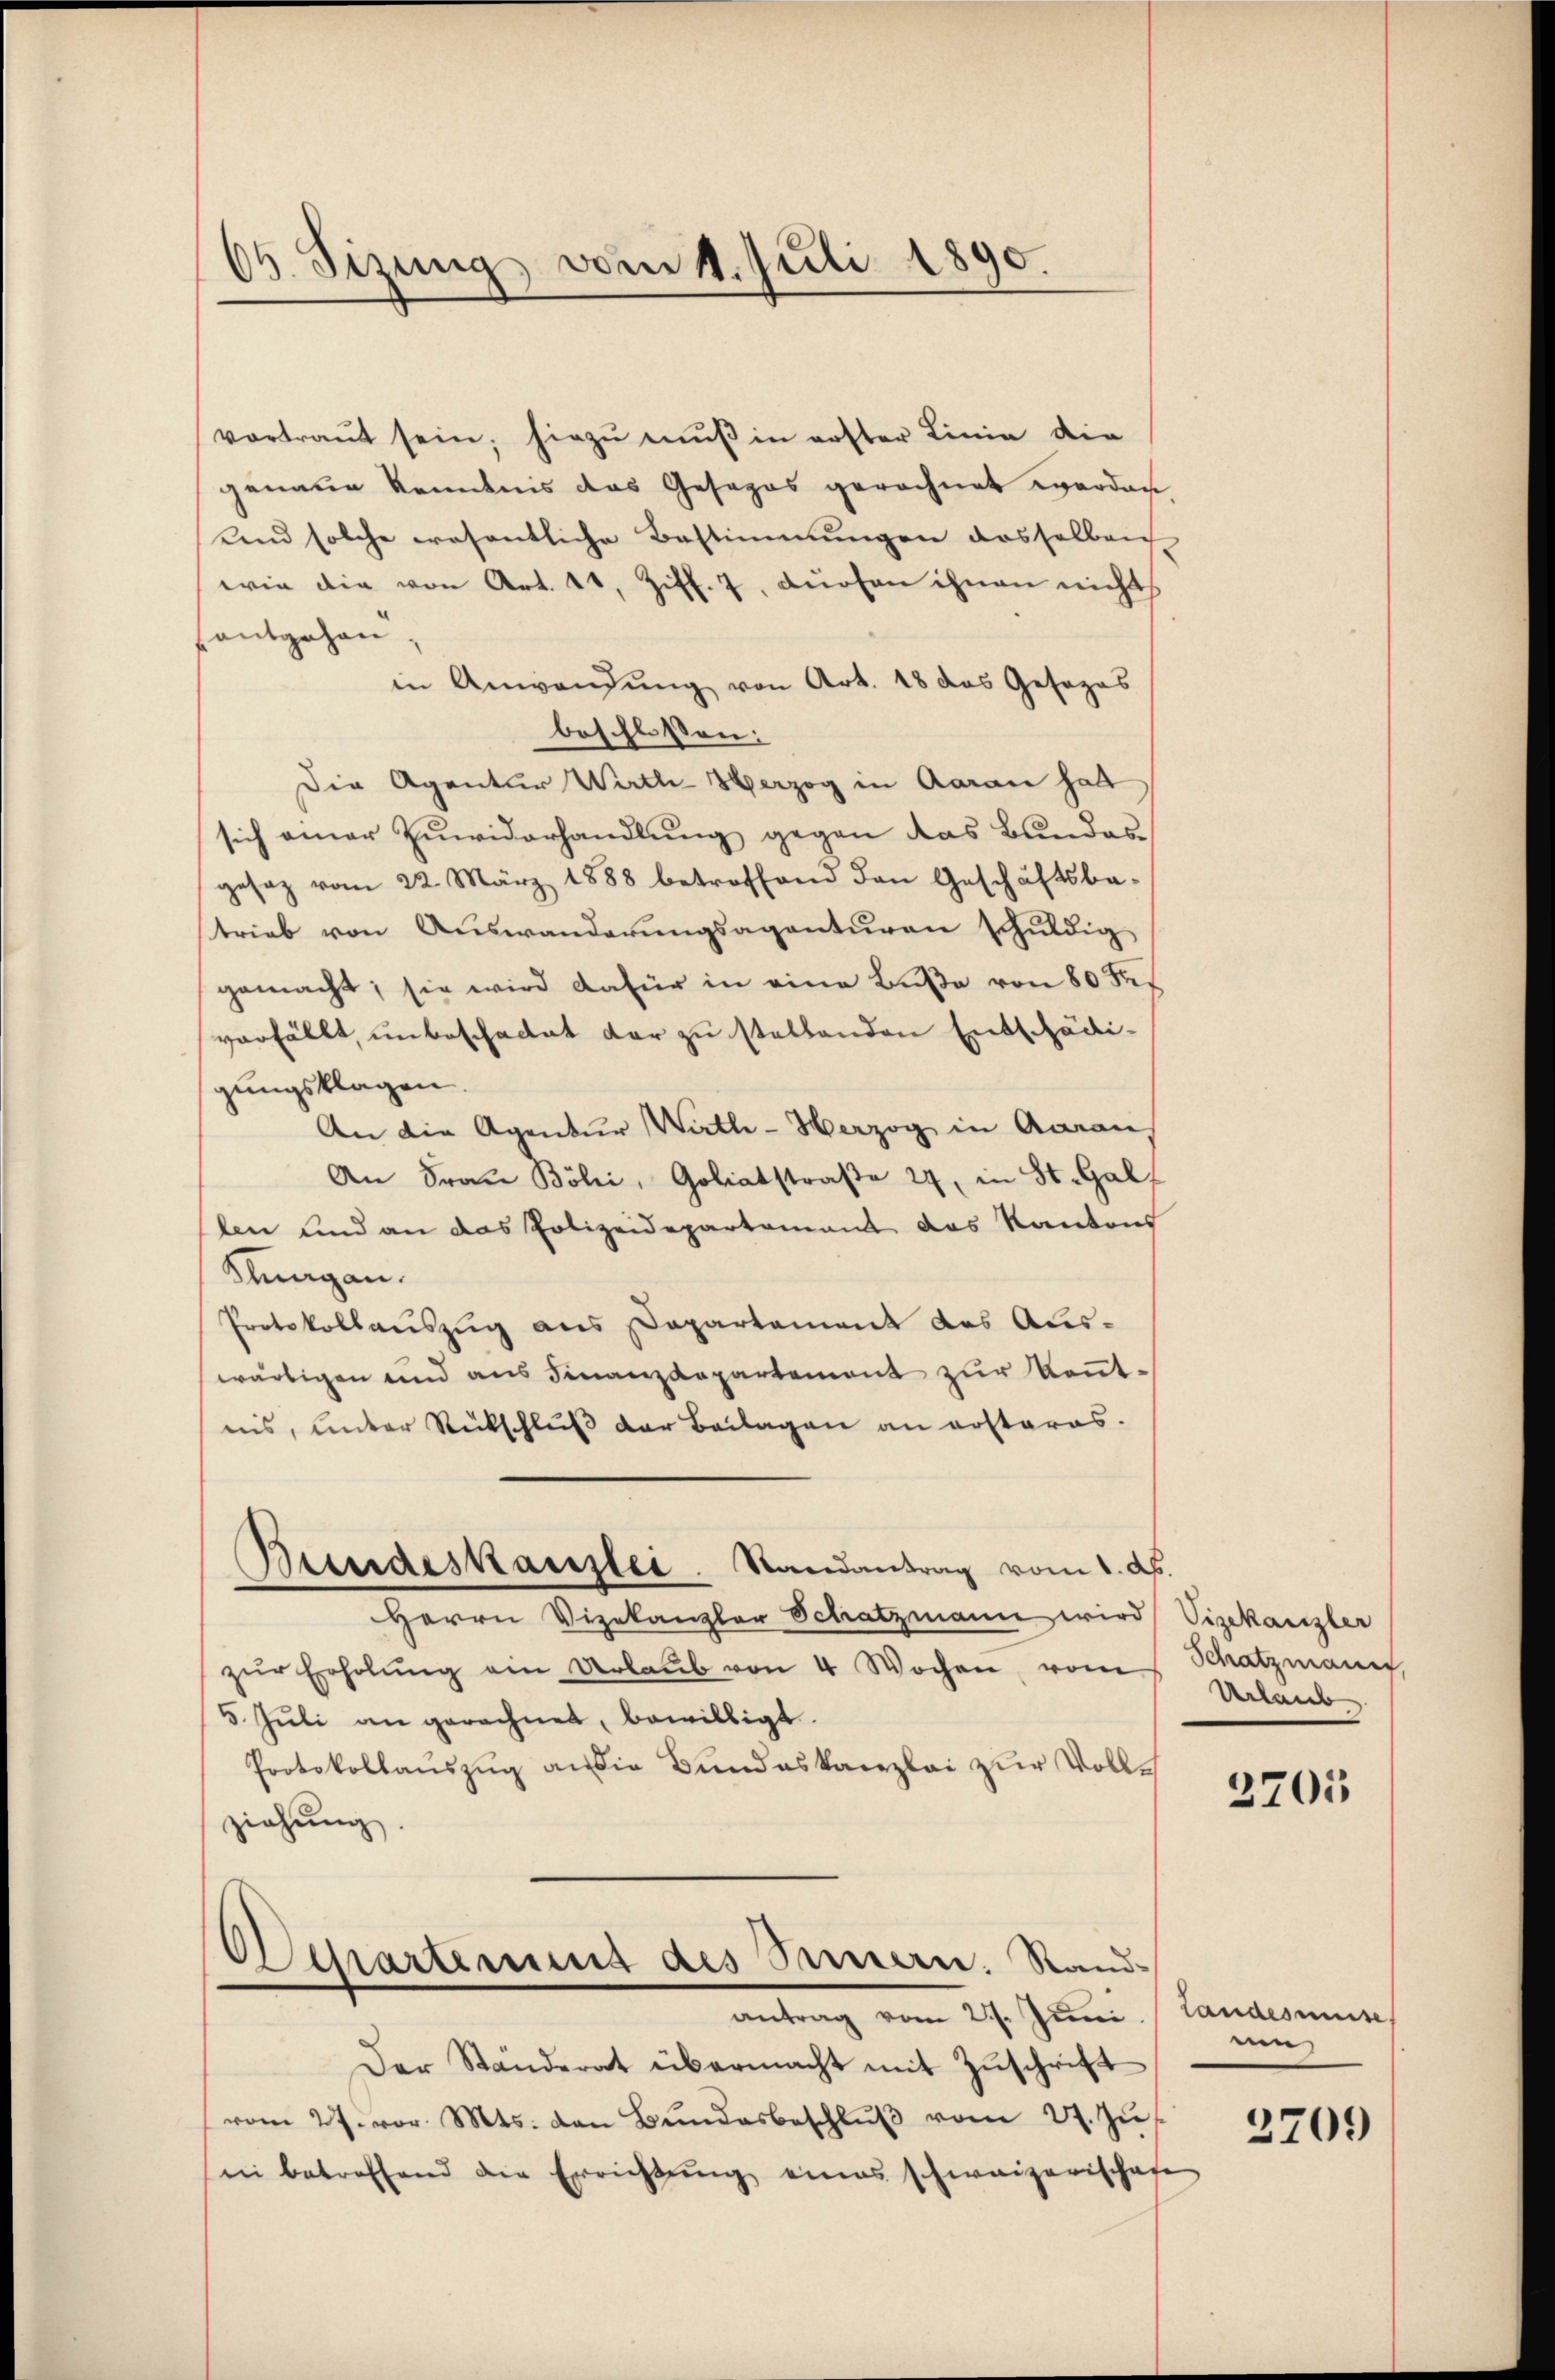
06. Sizung vom 4. Juli 1890.

vortraut sein; hiezŭ muß in erster Linie die
genaue Kenntnis das Gesezes gerechnet worden
und solche wesentliche Bestimmungen dasselben
wie die von Art. 41, Ziff. 7, dürfen ihnen nichts
antgehen
in Anwendung von Art. 18 das Gesezes
beschlossen:
Die Agentur Wirth- Herzog in Aarau halt
sich einer Zuwiderhandlung gegen das Bundes
gesez vom 22. März 1888 betroffend den Geschäftsbe-
trieb von Auswanderungsagenturen schuldig
gemacht; sie wird dafür in eine Buße von 80 des
verfällt, unbeschattet dar zu stellenden Entschädigungsklagen
An die Agentur Wirthe - Herzog in Aaraus
An Frau Böli, Goliatstraβe 24, in St. Galf
len und an das Polizeidepartament das Kantons
Knagan.
Protokollauszug aus Departement des Auswärtigen und aus Finanzdepartement zur Kenntnis, unter Rückschluß der Beilagen an erstares.
Bundeskanzlei. Randantrag vom 1. ds.
Herrn Vizekanzler Schatzmann wird Vizekanzler
zŭr Erholŭng ein Urlaŭb von 4 Wochen, vom
5. Jŭli an gerechnet, bewilligt.
Protokollauszug an die Bundeskanzlei zur Vollziehŭng.

Separtement des Sinnern. Standantrag vom 27. Juni. Landesause

Schatzmann,
Urlaub

Der Ständerat übermacht mit Zuschrift
vom 27. vor. Mts. den Bŭndesbeschlŭβ vom 27. Zŭs
ni betreffend die Errichtŭng eines schweizerischafe

2705

um

2709